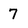
Character: 7